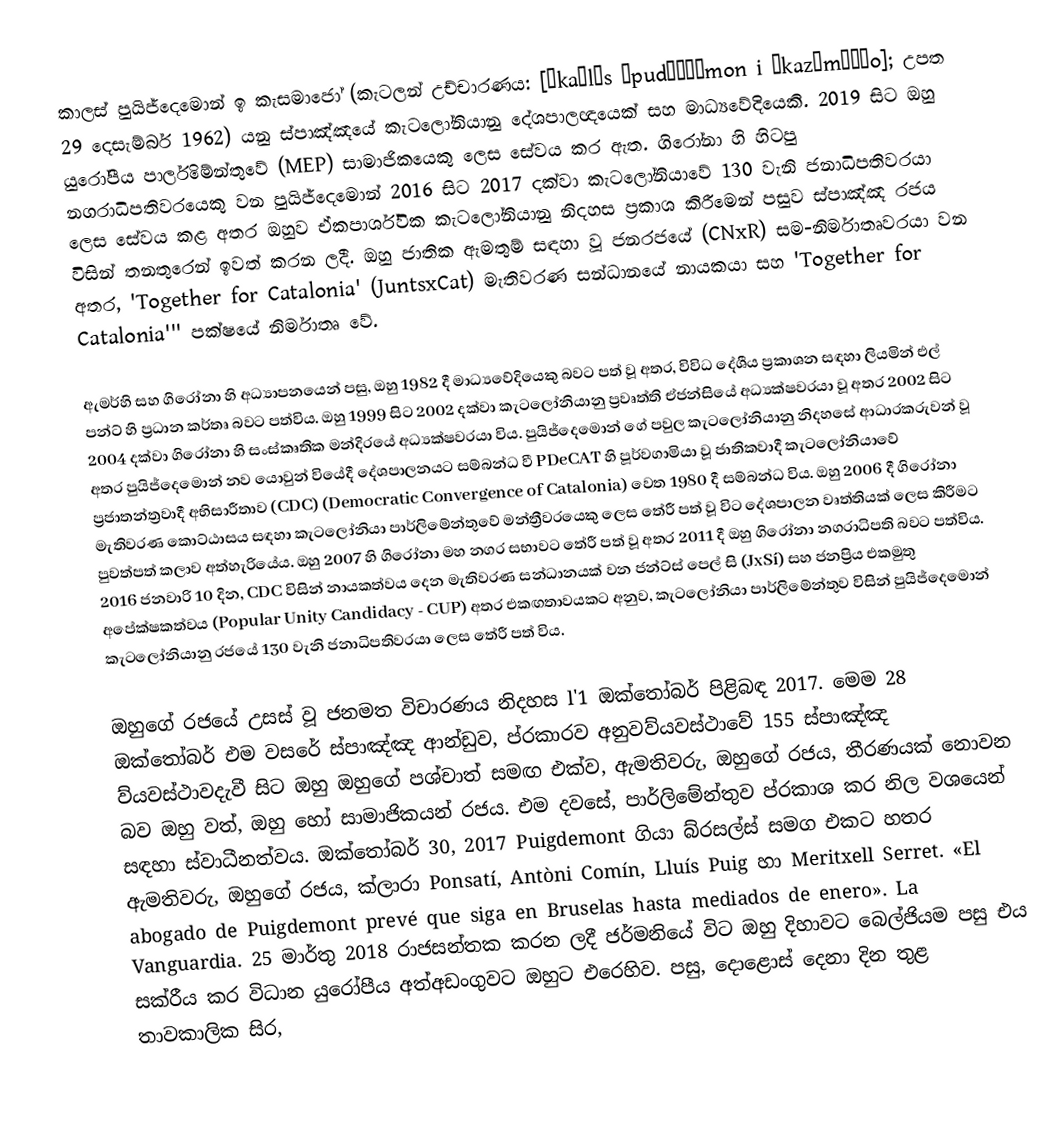
කාලස් පුයිජ්දෙමොන් ඉ කැසමාජෝ (කැටලන් උච්චාරණය: [ˈkaɾləs ˌpudʒðəˈmon i ˌkazəməˈʒo]; උපත 29 දෙසැම්බර් 1962) යනු ස්පාඤ්ඤයේ කැටලෝනියානු දේශපාලඥයෙක් සහ මාධ්‍යවේදියෙකි. 2019 සිට ඔහු යුරෝපීය පාර්ලිමේන්තුවේ (MEP) සාමාජිකයෙකු ලෙස සේවය කර ඇත. ගිරෝනා හි හිටපු නගරාධිපතිවරයෙකු වන පුයිජ්දෙමොන් 2016 සිට 2017 දක්වා කැටලෝනියාවේ 130 වැනි ජනාධිපතිවරයා ලෙස සේවය කළ අතර ඔහුව ඒකපාර්ශ්වික කැටලෝනියානු නිදහස ප්‍රකාශ කිරීමෙන් පසුව ස්පාඤ්ඤ රජය විසින් තනතුරෙන් ඉවත් කරන ලදී. ඔහු ජාතික ඇමතුම් සඳහා වූ ජනරජයේ (CNxR) සම-නිර්මාතෘවරයා වන අතර, 'Together for Catalonia' (JuntsxCat) මැතිවරණ සන්ධානයේ නායකයා සහ 'Together for Catalonia''' පක්ෂයේ නිර්මාතෘ වේ.

ඇමර්හි සහ ගිරෝනා හි අධ්‍යාපනයෙන් පසු, ඔහු 1982 දී මාධ්‍යවේදියෙකු බවට පත් වූ අතර, විවිධ දේශීය ප්‍රකාශන සඳහා ලියමින් එල් පන්ට් හි ප්‍රධාන කර්තෘ බවට පත්විය. ඔහු 1999 සිට 2002 දක්වා කැටලෝනියානු ප්‍රවෘත්ති ඒජන්සියේ අධ්‍යක්ෂවරයා වූ අතර 2002 සිට 2004 දක්වා ගිරෝනා හි සංස්කෘතික මන්දිරයේ අධ්‍යක්ෂවරයා විය. පුයිජ්දෙමොන් ගේ පවුල කැටලෝනියානු නිදහසේ ආධාරකරුවන් වූ අතර පුයිජ්දෙමොන් නව යොවුන් වියේදී දේශපාලනයට සම්බන්ධ වී PDeCAT හි පූර්වගාමියා වූ ජාතිකවාදී කැටලෝනියාවේ ප්‍රජාතන්ත්‍රවාදී අභිසාරීතාව (CDC) (Democratic Convergence of Catalonia) වෙත 1980 දී සම්බන්ධ විය. ඔහු 2006 දී ගිරෝනා මැතිවරණ කොට්ඨාසය සඳහා කැටලෝනියා පාර්ලිමේන්තුවේ මන්ත්‍රීවරයෙකු ලෙස තේරී පත් වූ විට දේශපාලන වෘත්තියක් ලෙස කිරීමට පුවත්පත් කලාව අත්හැරියේය. ඔහු 2007 හි ගිරෝනා මහ නගර සභාවට තේරී පත් වූ අතර 2011 දී ඔහු ගිරෝනා නගරාධිපති බවට පත්විය. 2016 ජනවාරි 10 දින, CDC විසින් නායකත්වය දෙන මැතිවරණ සන්ධානයක් වන ජන්ට්ස් පෙල් සි (JxSí) සහ ජනප්‍රිය එකමුතු අපේක්ෂකත්වය (Popular Unity Candidacy - CUP) අතර එකඟතාවයකට අනුව, කැටලෝනියා පාර්ලිමේන්තුව විසින් පුයිජ්දෙමොන් කැටලෝනියානු රජයේ 130 වැනි ජනාධිපතිවරයා ලෙස තේරී පත් විය.

ඔහුගේ රජයේ උසස් වූ ජනමත විචාරණය නිදහස l'1 ඔක්තෝබර් පිළිබඳ 2017. මෙම 28 ඔක්තෝබර් එම වසරේ ස්පාඤ්ඤ ආන්ඩුව, ප්රකාරව අනුවව්යවස්ථාවේ 155 ස්පාඤ්ඤ ව්යවස්ථාවදැවී සිට ඔහු ඔහුගේ පශ්චාත් සමඟ එක්ව, ඇමතිවරු, ඔහුගේ රජය, තීරණයක් නොවන බව ඔහු වත්, ඔහු හෝ සාමාජිකයන් රජය. එම දවසේ, පාර්ලිමේන්තුව ප්රකාශ කර නිල වශයෙන් සඳහා ස්වාධීනත්වය. ඔක්තෝබර් 30, 2017 Puigdemont ගියා බ්රසල්ස් සමග එකට හතර ඇමතිවරු, ඔහුගේ රජය, ක්ලාරා Ponsatí, Antòni Comín, Lluís Puig හා Meritxell Serret. «El abogado de Puigdemont prevé que siga en Bruselas hasta mediados de enero». La Vanguardia. 25 මාර්තු 2018 රාජසන්තක කරන ලදී ජර්මනියේ විට ඔහු දිහාවට බෙල්ජියම පසු එය සක්රීය කර විධාන යුරෝපීය අත්අඩංගුවට ඔහුට එරෙහිව. පසු, දොළොස් දෙනා දින තුළ තාවකාලික සිර,